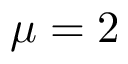
\mu = 2